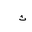
Letter: _tha